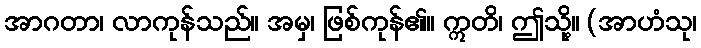
အာဂတာ၊ လာကုန်သည်။ အမှ၊ ဖြစ်ကုန်၏။ ဣတိ၊ ဤသို့။ (အာဟံသု၊